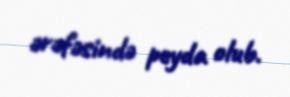
ərəfəsində peyda olub.